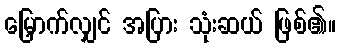
မြှောက်လျှင် အပြား သုံးဆယ် ဖြစ်၏။